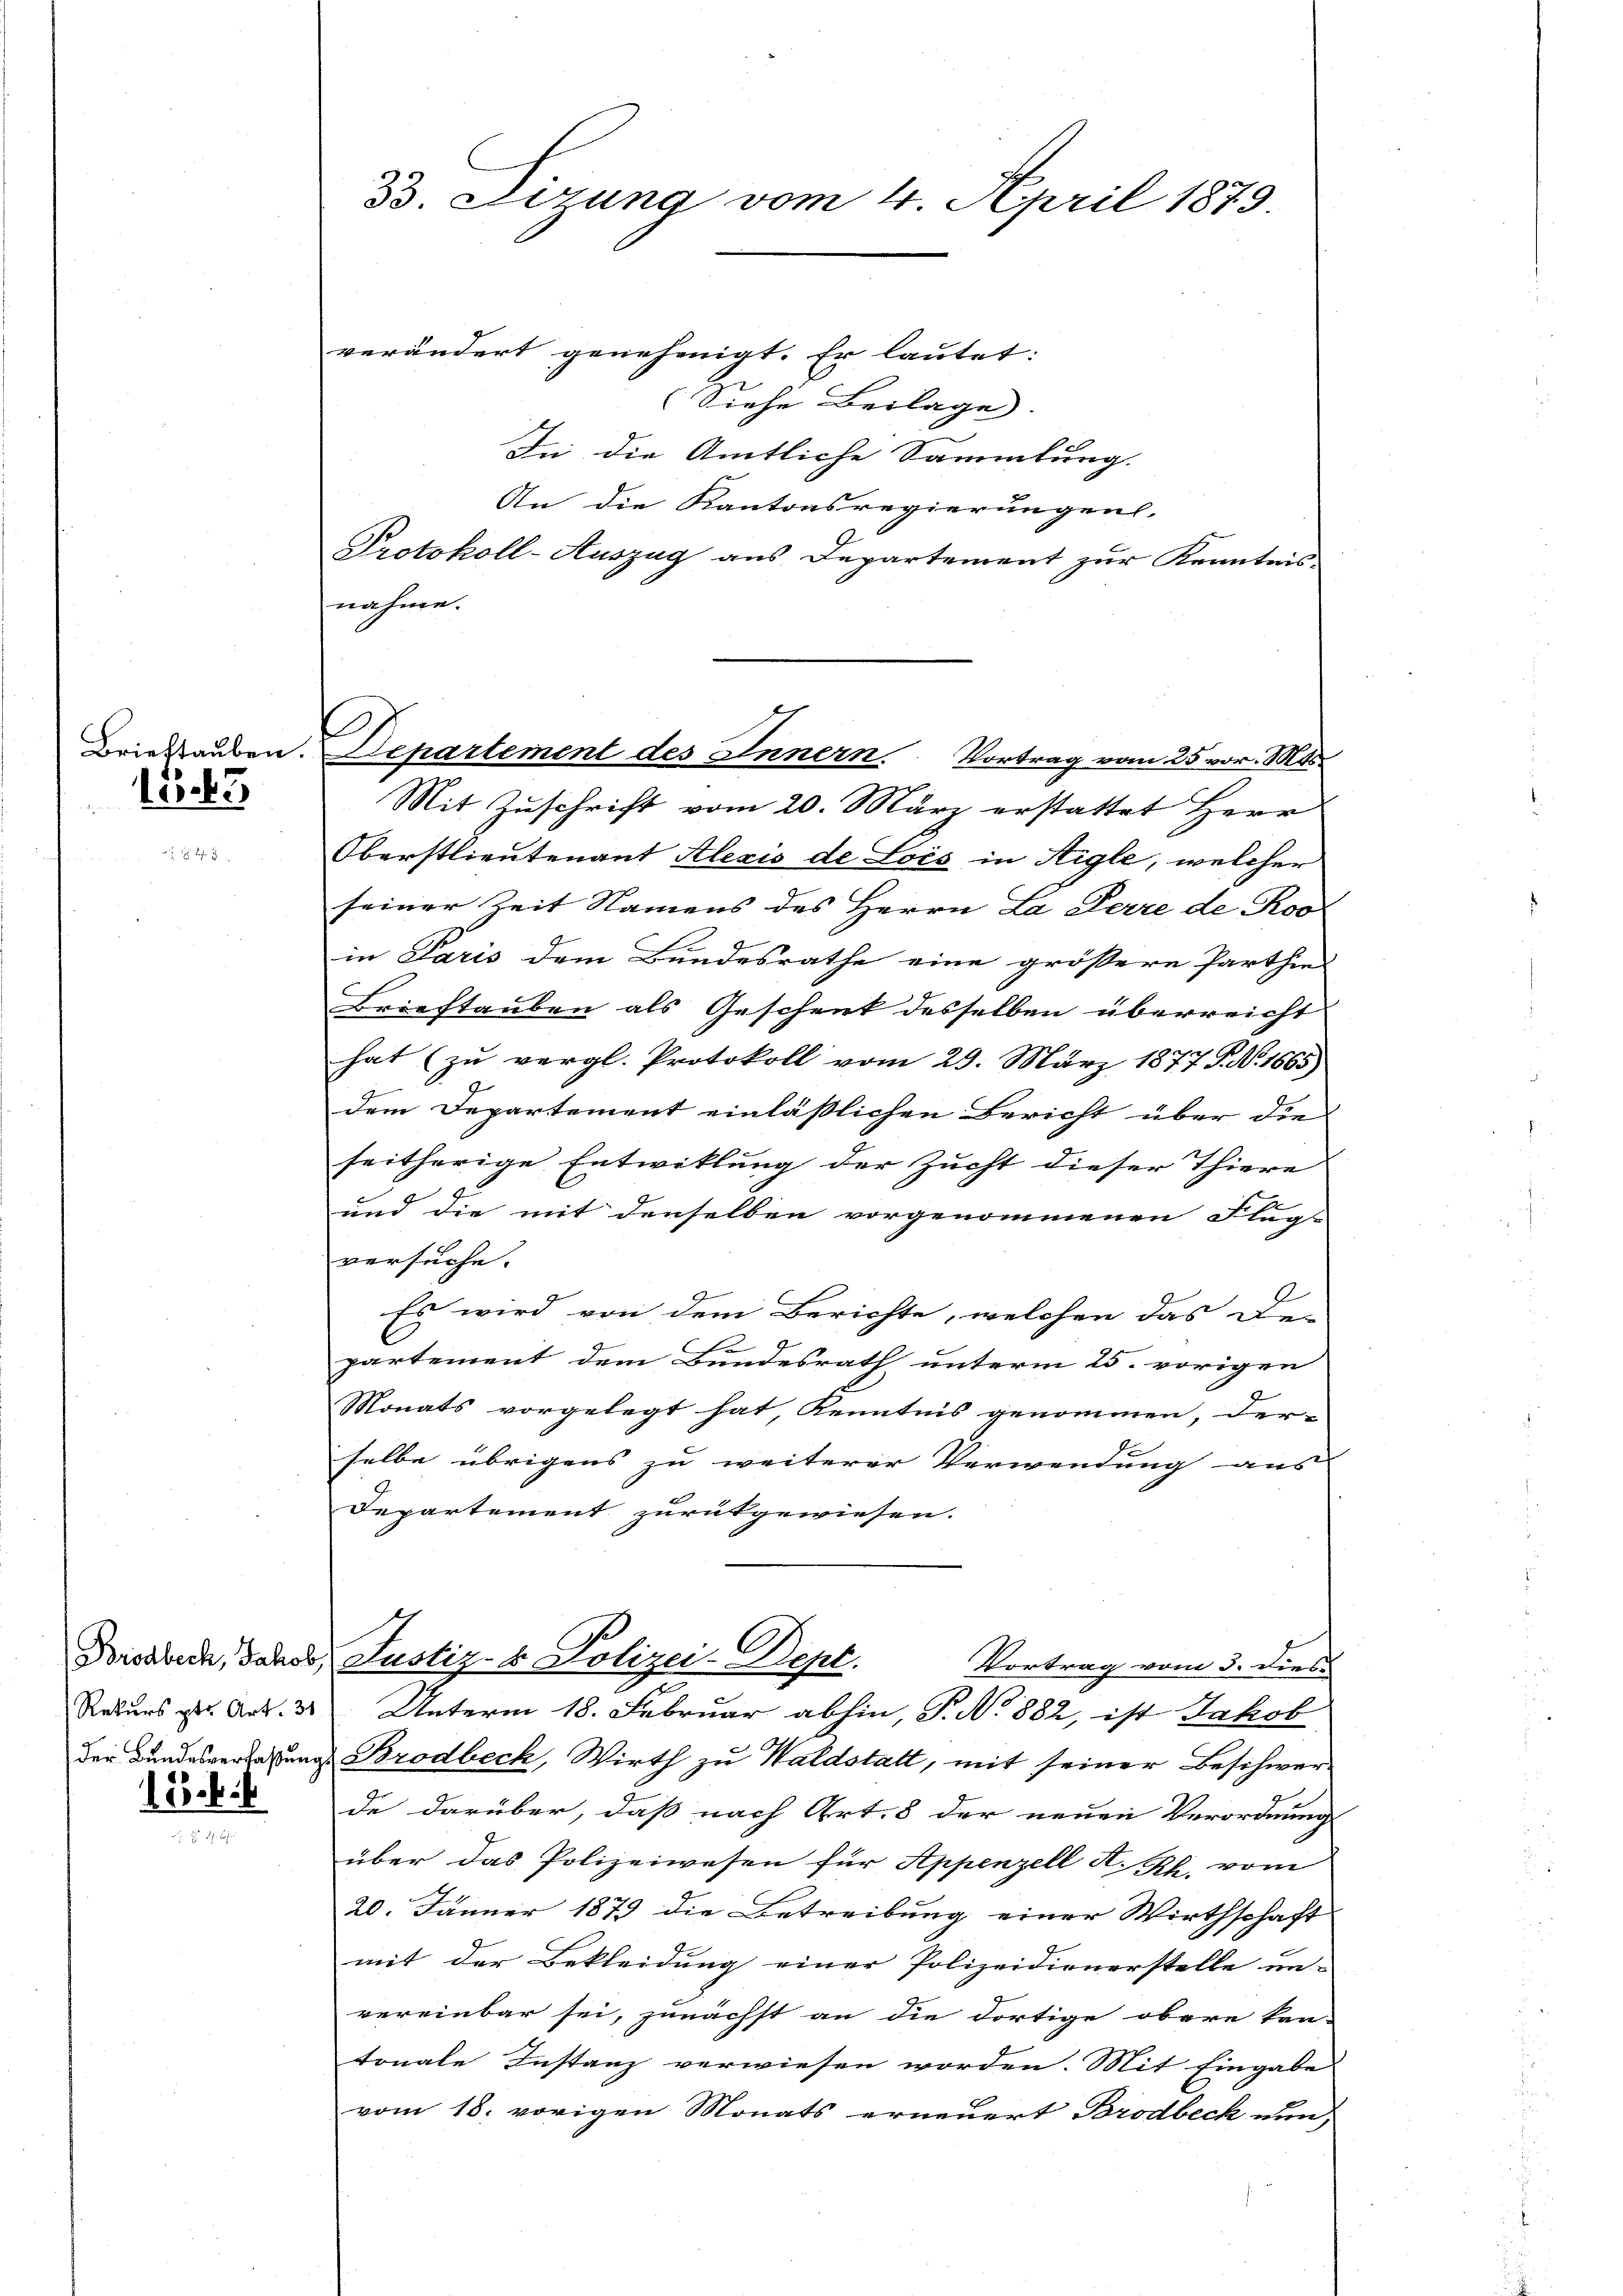
155

25 bi

verändert genehmigt. Er lautet:
Siehe Beilage. |
In die Amtliche Sammlung. |
An die Kantonsregierungen.
Protokoll-Auszug aus Departement zur Kenntnisnahme.
Mit Zuschrift vom 20. März erstattet Herr
Oberstlieutenant Alexis de Lois in Aigle, welcher
seiner Zeit Namens des Herrn La Ferre de Roo-
in Paris dem Bundesrathe eine größere Parthin
Brieftauben als Geschenk desselben überreicht
hat (zu vergl. Protokoll vom 29. März 1877 P. No. 1665
dem Departement einlässlichen Bericht über die
seitherige Entwicklung der Zucht dieser Thiere
und die mit denselben vorgenommenen Flugs
versuche.
Es wird von dem Berichte, welchen das De-
d
partement dem Bundesrath unterm 25. vorigen
Monats vorgelegt hat, Kenntnis genommen, der-
selbe übrigens zu weiterer Verwendung aus
Departement zurükgewiesen.
Bissbeck, Jakob, Justiz- & Polizei-Dept.
Vortrag vom 3. dies
Rekurs zur Art. 38. Unterm 18. Februar abhin, P. No 882, ist Jakob
der Bundesverfassung. Brodbeck, Wirth zu Waldstatt, mit seiner Beschwerde darüber, daß nach Art. 8 der neuen Verordnung
über das Polizeiwesen für Appenzell A.Rh. vom
20. Jänner 1879 die Betreibung einer Wirthschaft
mit der Bekleidung einer Polizeidienerstelle un-
vereinbar sei, zunächst an die dortige obere kan-
tonale Instanz verwiesen worden. Mit Eingabe
vom 18. vorigen Monats erneuert Brodbeck nun

33. Dezung vom 4. April 1879.

E
Driestauben. Departement des Innern. Vortrag vom 25 vor. Mts.